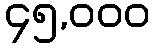
၄၅,၀၀၀